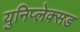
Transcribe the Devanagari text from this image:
युनिप्लेक्सड